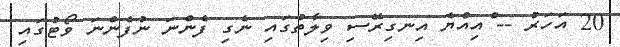
20 އަހަރު -- ްއިއްޔެ އިނގިރޭސި ވިލާތުގައި ނެގި ފެންނަ ނުފެންނަ ވޯޓުގައި